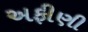
અફીણી